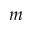
m